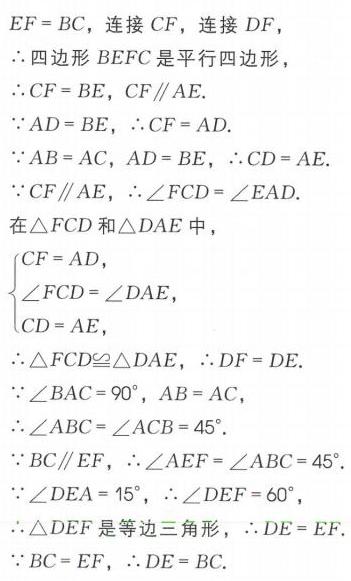
\(EF = BC\)，连接 \(CF\)，连接 \(DF\)，
\(\therefore\) 四边形 \(BEFC\) 是平行四边形，
\(\therefore CF = BE\)，\(CF\parallel AE\).
\(\because AD = BE\)，\(\therefore CF = AD\).
\(\because AB = AC\)，\(AD = BE\)，\(\therefore CD = AE\).
\(\because CF\parallel AE\)，\(\therefore\angle FCD=\angle EAD\).
在 \(\triangle FCD\) 和 \(\triangle DAE\) 中，
\(\begin{cases}
CF = AD,\\
\angle FCD=\angle DAE,\\
CD = AE,
\end{cases}\)
\(\therefore\triangle FCD\cong\triangle DAE\)，\(\therefore DF = DE\).
\(\because\angle BAC = 90^{\circ}\)，\(AB = AC\)，
\(\therefore\angle ABC=\angle ACB = 45^{\circ}\).
\(\because BC\parallel EF\)，\(\therefore\angle AEF=\angle ABC = 45^{\circ}\).
\(\because\angle DEA = 15^{\circ}\)，\(\therefore\angle DEF = 60^{\circ}\)，
\(\therefore\triangle DEF\) 是等边三角形，\(\therefore DE = EF\).
\(\because BC = EF\)，\(\therefore DE = BC\).